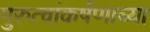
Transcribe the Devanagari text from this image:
गुरुत्वांकर्षणाच्या